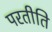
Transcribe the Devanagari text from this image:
परतीति